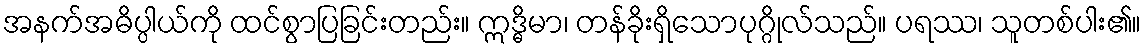
အနက်အဓိပ္ပါယ်ကို ထင်စွာပြခြင်းတည်း။ ဣဒ္ဓိမာ၊ တန်ခိုးရှိသောပုဂ္ဂိုလ်သည်။ ပရဿ၊ သူတစ်ပါး၏။